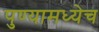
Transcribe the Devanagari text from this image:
पुण्यामध्येच